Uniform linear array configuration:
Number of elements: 48
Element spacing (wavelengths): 1
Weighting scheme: hamming
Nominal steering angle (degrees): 15
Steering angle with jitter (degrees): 13.291
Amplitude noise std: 0.05
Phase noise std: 0.05

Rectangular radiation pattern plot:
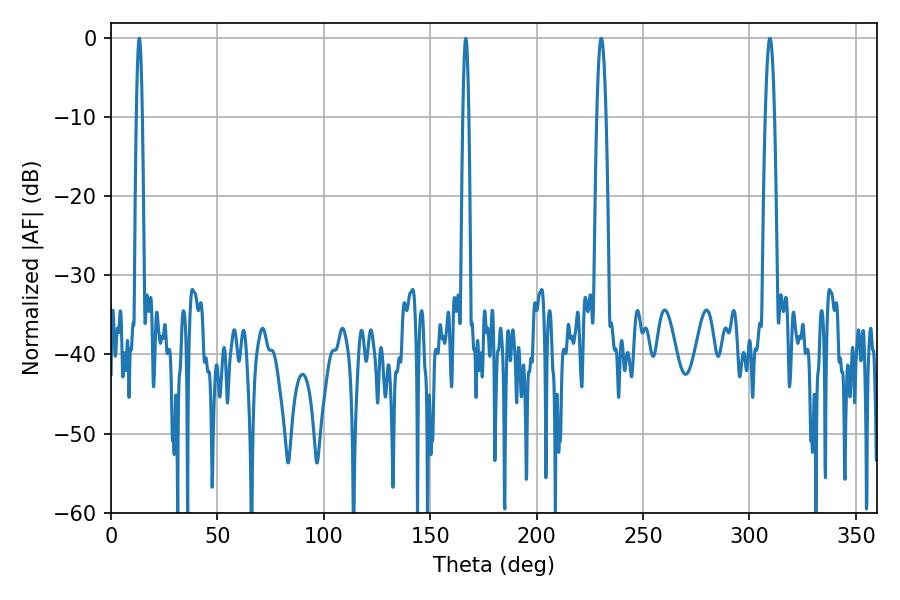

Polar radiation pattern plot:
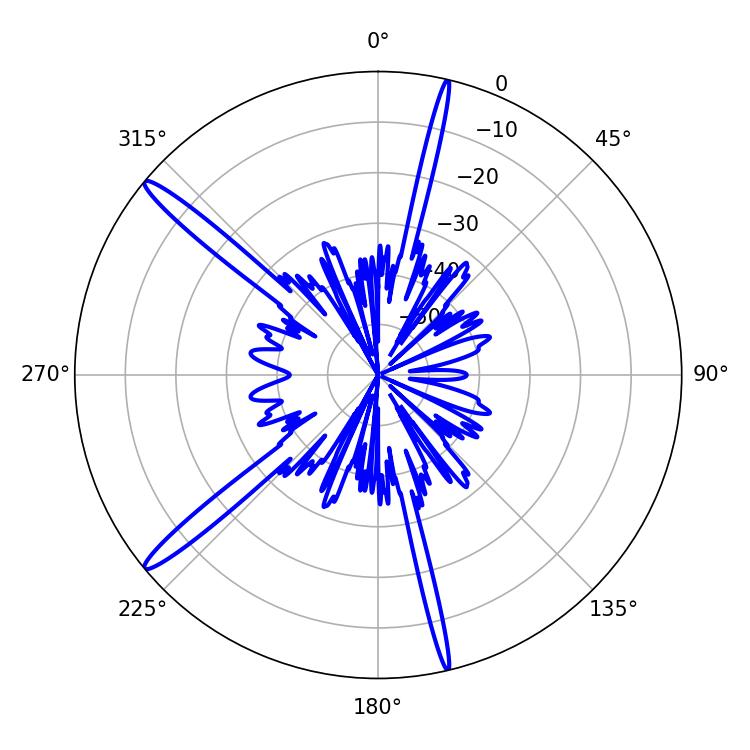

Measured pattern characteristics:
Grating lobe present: TRUE
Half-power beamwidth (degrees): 2.34
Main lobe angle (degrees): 309.6